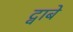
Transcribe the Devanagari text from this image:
द्वाबे